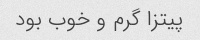
پیتزا گرم و خوب بود